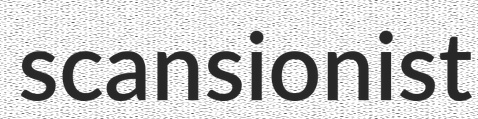
scansionist